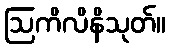
ဩကိလိနိသုတ်။